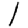
Digit: 1